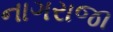
નાગરાજા